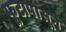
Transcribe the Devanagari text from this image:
फूटापासून